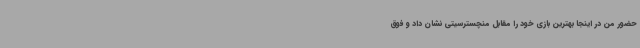
حضور من در اینجا بهترین بازی خود را مقابل منچسترسیتی نشان داد و فوق